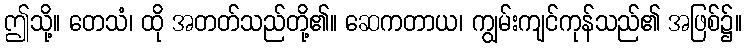
ဤသို့။ တေသံ၊ ထို အတတ်သည်တို့၏။ ဆေကတာယ၊ ကျွမ်းကျင်ကုန်သည်၏ အဖြစ်၌။